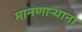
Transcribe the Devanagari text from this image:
मानणार्‍याना